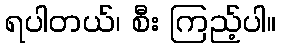
ရပါတယ်၊ စီး ကြည့်ပါ။